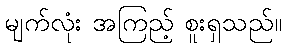
မျက်လုံး အကြည့် စူးရှသည်။